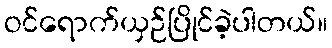
ဝင်ရောက်ယှဉ်ပြိုင်ခဲ့ပါတယ်။